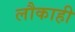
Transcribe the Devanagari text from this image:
लौकाही